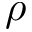
\rho